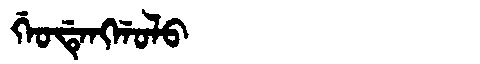
Manchu: ᡤᡝᠣᡩᡝᠩᡤᠣᠯᠣ
Romanization: GEODENGGOLO